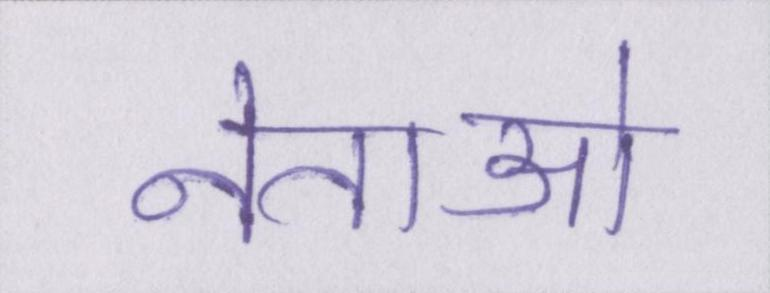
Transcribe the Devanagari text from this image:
नेताओ